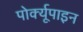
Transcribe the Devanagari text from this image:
पोर्क्यूपाइन